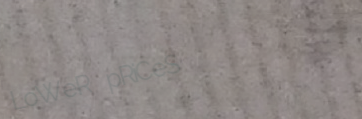
LoWeR pRiCeS